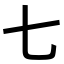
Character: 七